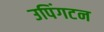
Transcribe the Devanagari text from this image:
उपिंगटन